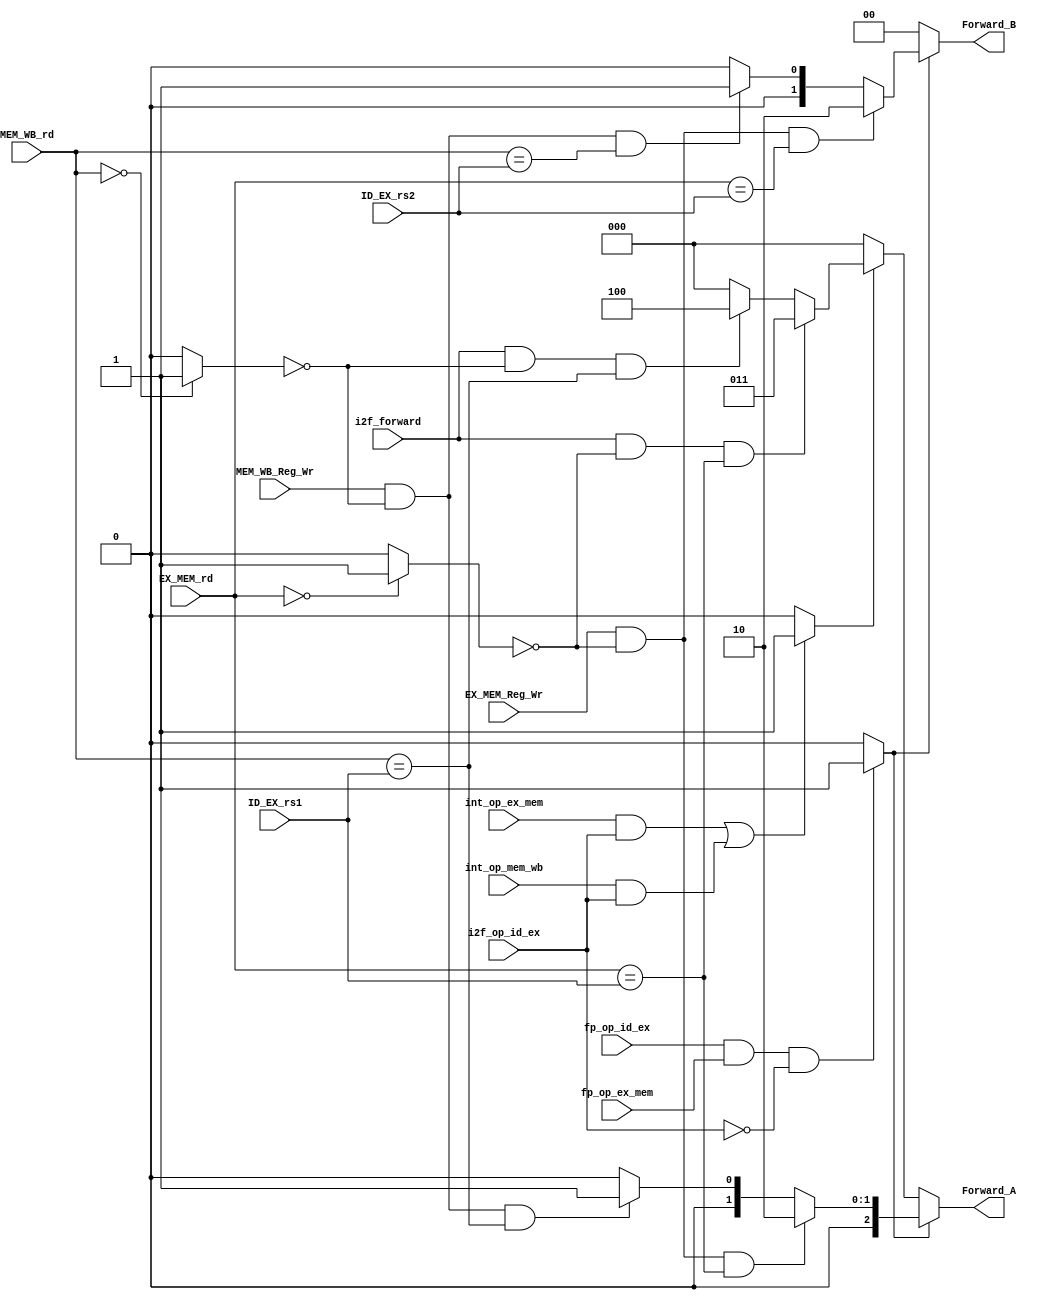
module FForward_Unit #(
	parameter WIDTH_SOURCE = 5
)
(
	// INPUT
	// Foward Decision Signals
	input  wire                    fp_op_id_ex,
	input  wire                    i2f_op_id_ex,
	input  wire                    int_op_ex_mem,
	input  wire                    int_op_mem_wb,
	input  wire                    fp_op_ex_mem,
	input  wire                    i2f_forward,

	input  wire 				   EX_MEM_Reg_Wr,
	input  wire 				   MEM_WB_Reg_Wr,
	input  wire [WIDTH_SOURCE-1:0] ID_EX_rs1,
	input  wire [WIDTH_SOURCE-1:0] ID_EX_rs2,
	input  wire [WIDTH_SOURCE-1:0] EX_MEM_rd,
	input  wire [WIDTH_SOURCE-1:0] MEM_WB_rd,

	// OUTPUT
	output reg [2:0] 			   Forward_A,
	output reg [1:0] 			   Forward_B
);

wire fforw_detect;
wire i2fforw_detect;

wire EX_dest_x0;
wire MEM_dest_x0;

assign fforw_detect    = (fp_op_id_ex && fp_op_ex_mem && !i2f_op_id_ex)? 1'b1:1'b0;
assign i2fforw_detect  = ((int_op_ex_mem && i2f_op_id_ex) || (int_op_mem_wb && i2f_op_id_ex))? 1'b1:1'b0;

assign EX_dest_x0 	  = !EX_MEM_rd? 1'b1:1'b0;
assign MEM_dest_x0 	  = !MEM_WB_rd? 1'b1:1'b0;

// Src1 ==> A
always @(*) begin

	Forward_A = 3'b000;
	
	// EX Forward
	if (fforw_detect) begin
		if (EX_MEM_Reg_Wr && !EX_dest_x0 && EX_MEM_rd == ID_EX_rs1) begin
			Forward_A = 3'b010;		
		end
		// MEM Forward
		else if (MEM_WB_Reg_Wr && !MEM_dest_x0 && MEM_WB_rd == ID_EX_rs1) begin
			Forward_A = 3'b001;		
		end
		else begin
			Forward_A = 3'b000;
		end
	end
	else if (i2fforw_detect) begin
		if (i2f_forward && !EX_dest_x0 && EX_MEM_rd == ID_EX_rs1) begin
			Forward_A = 3'b011;		
		end
		// MEM Forward
		else if (i2f_forward && !MEM_dest_x0 && MEM_WB_rd == ID_EX_rs1) begin
			Forward_A = 3'b100;		
		end
		else begin
			Forward_A = 3'b000;
		end
	end
	else begin
		Forward_A = 3'b000;
	end
	
end

// Src1 ==> B
always @(*) begin

	Forward_B = 2'b00;
	
	// EX Forward
	if (fforw_detect) begin
		if (EX_MEM_Reg_Wr && !EX_dest_x0 && EX_MEM_rd == ID_EX_rs2) begin
			Forward_B = 2'b10;		
		end
		// MEM Forward
		else if (MEM_WB_Reg_Wr && !MEM_dest_x0 && MEM_WB_rd == ID_EX_rs2) begin
			Forward_B = 2'b01;		
		end
		else begin
			Forward_B = 2'b00;
		end
	end
	else begin
		Forward_B = 2'b00;
	end
	
end

endmodule